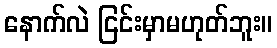
နောက်လဲ ငြင်းမှာမဟုတ်ဘူး။